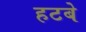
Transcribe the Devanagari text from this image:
हटबे